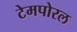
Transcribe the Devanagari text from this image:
टेमपोरल